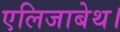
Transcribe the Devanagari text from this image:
एलिजाबेथ।